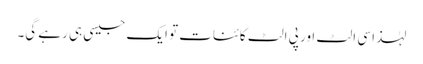
لہٰذا سی الٹ اور پی الٹ کائنات تو ایک جیسی ہی رہے گی۔